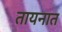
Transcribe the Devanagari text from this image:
तायनात